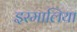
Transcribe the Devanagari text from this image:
इस्मालिया